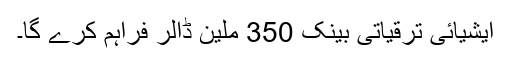
ایشیائی ترقیاتی بینک 350 ملین ڈالر فراہم کرے گا۔